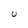
Character: U